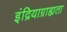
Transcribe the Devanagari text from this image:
इंद्रियाग्राह्यता